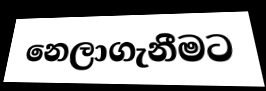
නෙලාගැනීමට